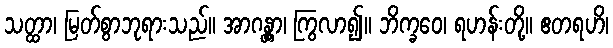
သတ္ထာ၊ မြတ်စွာဘုရားသည်။ အာဂန္တွာ၊ ကြွလာ၍။ ဘိက္ခဝေ၊ ရဟန်းတို့။ ဧတရဟိ၊